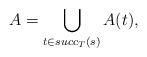
LaTeX: \begin{align*} A = \bigcup_{t\in succ_T(s)} A(t),\end{align*}